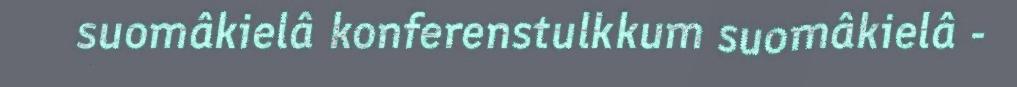
suomâkielâ konferenstulkkum suomâkielâ -